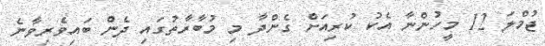
ޖުމްލަ 12 މީހުންނާ އެކު ކުރިއަށް ގެންދާ މި މުބާރާތުގައި ދެން ބައިވެރިވާނެ